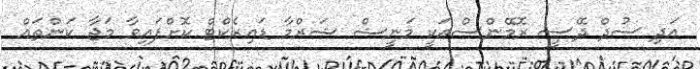
އަދި ސުދް ދޭސީ ރޮމޭންސްއަކީ މަނީޝް ޝަރްމާ ޑައިރެކްޓް ކޮށްފައިވާ މަޖާ ކަންތައް